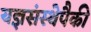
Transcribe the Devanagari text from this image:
यज्ञसंस्थेपैकी